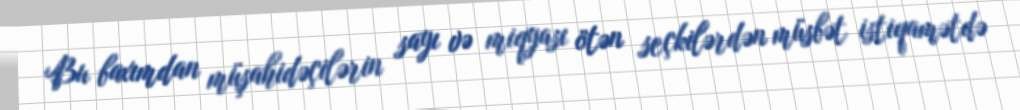
Bu baxımdan müşahidəçilərin sayı və miqyası ötən seçkilərdən müsbət istiqamətdə